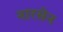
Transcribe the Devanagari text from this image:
नारसेन